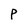
Character: P